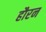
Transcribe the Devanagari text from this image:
हौरन